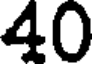
40